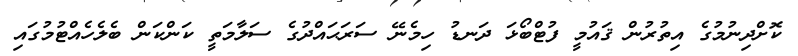
ކޮށްދިނުމުގެ އިތުރުން ޤައުމީ ފުޓްބޯޅަ ދަނޑު ހިމެނޭ ސަރަޙައްދުގެ ސަލާމަތީ ކަންކަން ބެލެހެއްޓުމުގައި